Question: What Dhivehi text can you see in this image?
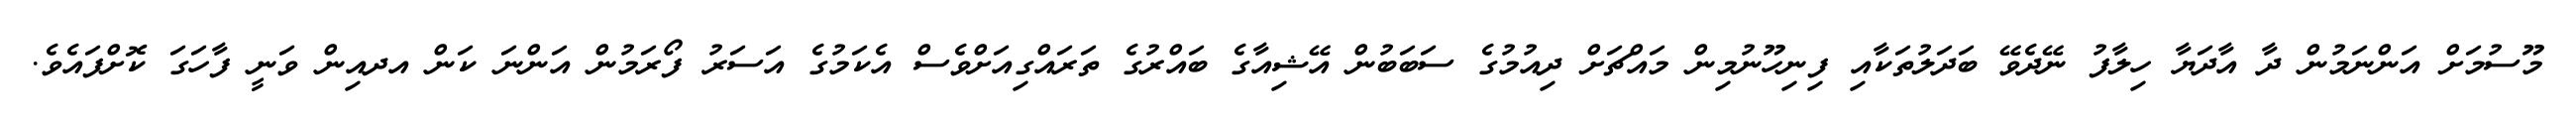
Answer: މޫސުމަށް އަންނަމުން ދާ އާދަޔާ ހިލާފު ނޭދެވޭ ބަދަލުތަކާއި ފިނިހޫނުމިން މައްޗަށް ދިއުމުގެ ސަބަބުން އޭޝިއާގެ ބައްރުގެ ތަރައްގިއަށްވެސް އެކަމުގެ އަސަރު ފޯރަމުން އަންނަ ކަން އދއިން ވަނީ ފާހަގަ ކޮށްފައެވެ.